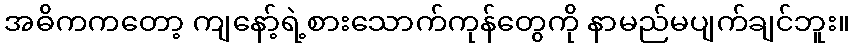
အဓိကကတော့ ကျနော့်ရဲ့စားသောက်ကုန်တွေကို နာမည်မပျက်ချင်ဘူး။